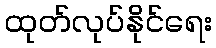
ထုတ်လုပ်နိုင်ရေး